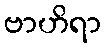
ဗာဟိရာ